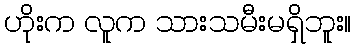
ဟိုးက လူက သားသမီးမရှိဘူး။